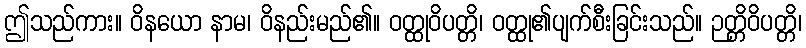
ဤသည်ကား။ ဝိနယော နာမ၊ ဝိနည်းမည်၏။ ဝတ္ထုဝိပတ္တိ၊ ဝတ္ထု၏ပျက်စီးခြင်းသည်။ ဉတ္တိဝိပတ္တိ၊